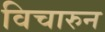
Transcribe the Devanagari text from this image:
विचारुन